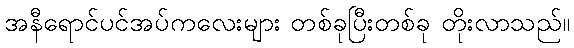
အနီရောင်ပင်အပ်ကလေးများ တစ်ခုပြီးတစ်ခု တိုးလာသည်။